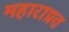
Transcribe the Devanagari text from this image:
महाराप्रत